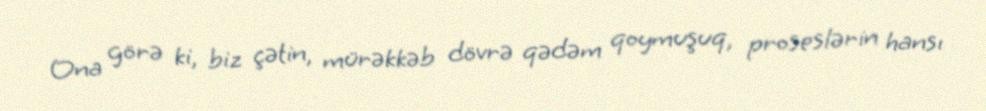
Ona görə ki, biz çətin, mürəkkəb dövrə qədəm qoymuşuq, proseslərin hansı